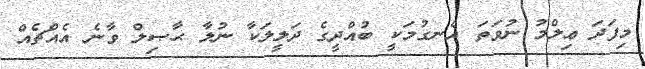
މިފަދަ ޢިލްމު ނުވަތަ އެނގުމަކީ ބުއްދީގެ ދަލީލަކާ ނުލާ ޙާޞިލް ވާނެ އެއްޗެއް